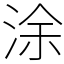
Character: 涂